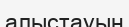
алыстауын